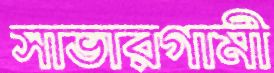
সাভারগামী